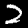
Label: 2